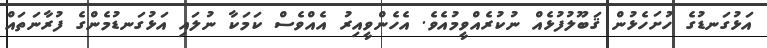
އަޅުގަނޑުގެ ހުށަހެޅުން ޤަބޫލުފުޅެއް ނުކުރެއްވީމުއެވެ. އެހެންވީއިރު އެއްވެސް ކަމަކާ ނުލައި އަޅުގަނޑުމެންގެ ފުރާނަތައް